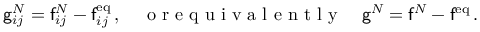
\begin{array} { r } { \mathsf { g } _ { i j } ^ { N } = \mathsf { f } _ { i j } ^ { N } - \mathsf { f } _ { i j } ^ { \mathrm { e q } } \, , \quad \mathrm { ~ o ~ r ~ e ~ q ~ u ~ i ~ v ~ a ~ l ~ e ~ n ~ t ~ l ~ y ~ } \quad \mathsf { g } ^ { N } = \mathsf { f } ^ { N } - \mathsf { f } ^ { \mathrm { e q } } \, . } \end{array}